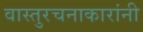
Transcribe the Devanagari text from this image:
वास्तुरचनाकारांनी